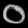
Digit: ၀